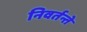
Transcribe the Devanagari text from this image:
निवर्तन्ते